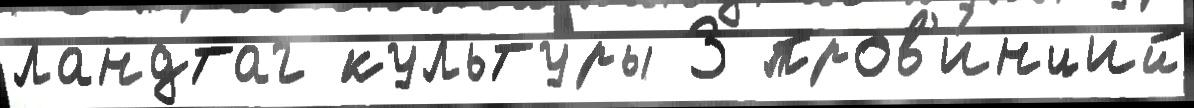
ландтаг культу́ры 3 пров'и́нций